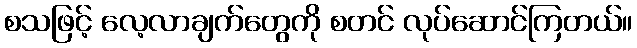
စသဖြင့် လေ့လာချက်တွေကို စတင် လုပ်ဆောင်ကြတယ်။